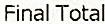
FINAL TOTAL